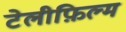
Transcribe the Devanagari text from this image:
टेलीफ़िल्म